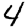
Digit: 4